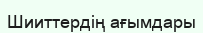
Шииттердің ағымдары